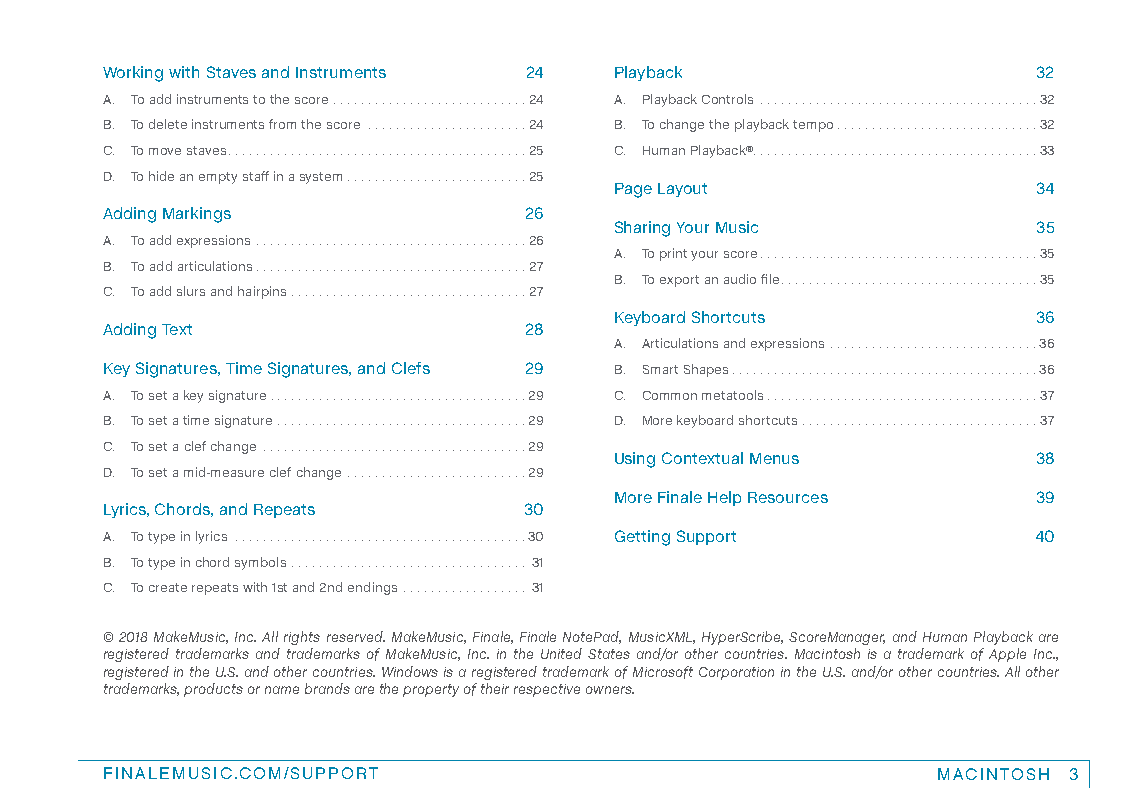
Working with Staves and Instruments 24 Playback               32
 A. To add instruments to the score ............................24 A. Playback Controls ........................................32
 B. To delete instruments from the score .......................24 B. To change the playback tempo .............................32
 C. To move staves ...........................................25 C. Human Playback® .........................................33
 D. To hide an empty staff in a system ..........................25
 Page Layout                 34
 Adding Markings             26
 Sharing Your Music          35
 A. To add expressions .......................................26
 A. To print your score ........................................35
 B. To add articulations .......................................27
 B. To export an audio file .....................................35
 C. To add slurs and hairpins ..................................27
 Keyboard Shortcuts          36
 Adding Text                 28
 A. Articulations and expressions ..............................36
 Key Signatures, Time Signatures, and Clefs 29 B. Smart Shapes ............................................36
 A. To set a key signature . . . . . . . . . . . . . . . . . . . . . . . . . . . . . . . . . . . . .29 C. Common metatools .......................................37
 B. To set a time signature ....................................29 D. More keyboard shortcuts ..................................37
 C. To set a clef change ......................................29
 Using Contextual Menus      38
 D. To set a mid-measure clef change ..........................29
 More Finale Help Resources  39
 Lyrics, Chords, and Repeats 30
 A. To type in lyrics ..........................................30 Getting Support 40
 B. To type in chord symbols .................................. 31
 C. To create repeats with 1st and 2nd endings .................. 31
 © 2018 MakeMusic, Inc. All rights reserved. MakeMusic, Finale, Finale NotePad, MusicXML, HyperScribe, ScoreManager, and Human Playback are
 registered trademarks and trademarks of MakeMusic, Inc. in the United States and/or other countries. Macintosh is a trademark of Apple Inc.,
 registered in the U.S. and other countries. Windows is a registered trademark of Microsoft Corporation in the U.S. and/or other countries. All other
 trademarks, products or name brands are the property of their respective owners.
 FINALEMUSIC.COM/SUPPORT                                MACINTOSH 3